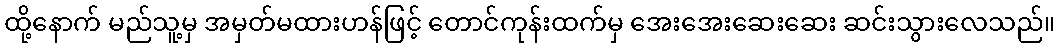
ထို့နောက် မည်သူ့မှ အမှတ်မထားဟန်ဖြင့် တောင်ကုန်းထက်မှ အေးအေးဆေးဆေး ဆင်းသွားလေသည်။